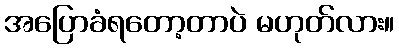
အပြောခံရတော့တာပဲ မဟုတ်လား။